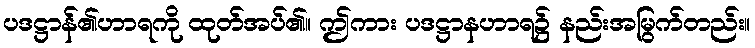
ပဒဋ္ဌာန်၏ဟာရကို ထုတ်အပ်၏။ ဤကား ပဒဋ္ဌာနဟာရ၌ နည်းအမြွက်တည်း။